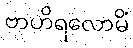
ဗာဟိရလောမိံ